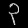
Digit: ၃